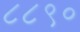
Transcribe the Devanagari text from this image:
८८९०